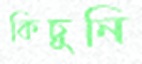
কিচুনি